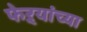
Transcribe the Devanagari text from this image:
फेऱ्यांच्या